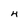
Character: 4